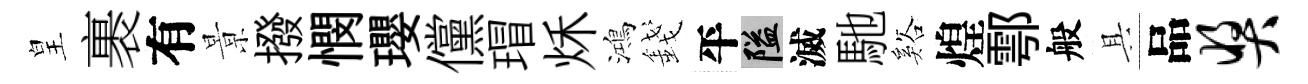
皇裹有㬌撥憫瓔儻瑁秌鴻錢平隘滅馳谿煌鄠般具品奖